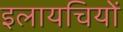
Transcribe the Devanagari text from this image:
इलायचियों